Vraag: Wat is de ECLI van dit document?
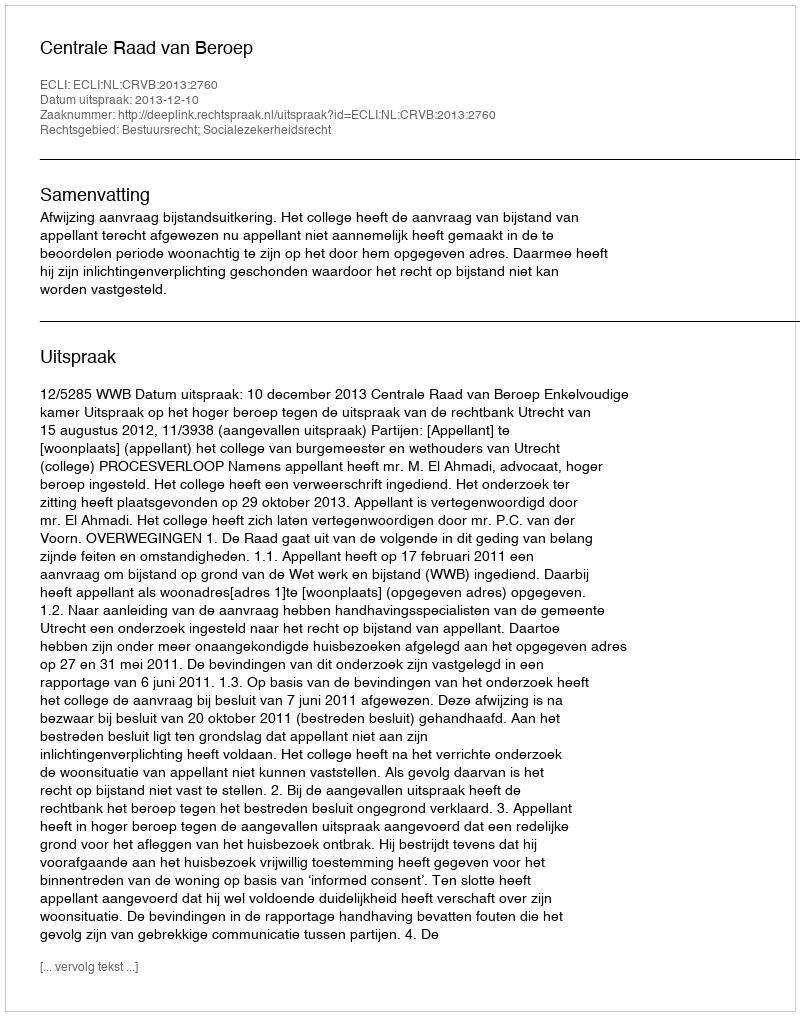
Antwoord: ECLI:NL:CRVB:2013:2760